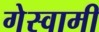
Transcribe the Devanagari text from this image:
गेस्वामी